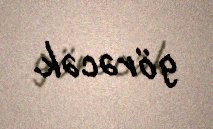
görəcək.